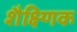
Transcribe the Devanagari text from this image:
शैक्ष्णिक